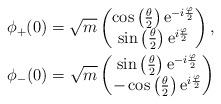
LaTeX: \begin{gather*}\phi_+(0)=\sqrt{m}\begin{pmatrix}\cos\left(\frac\theta2\right)\mathrm{e}^{-i\frac\varphi2}\\ \sin\left(\frac\theta2\right)\mathrm{e}^{i\frac\varphi2}\end{pmatrix}, \\\phi_-(0)=\sqrt{m}\begin{pmatrix}\sin\left(\frac\theta2\right)\mathrm{e}^{-i\frac\varphi2}\\-\cos\left(\frac\theta2\right)\mathrm{e}^{i\frac\varphi2}\end{pmatrix}\end{gather*}